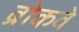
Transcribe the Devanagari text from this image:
ब्रोकवे